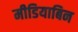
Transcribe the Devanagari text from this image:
मीडियाबिन